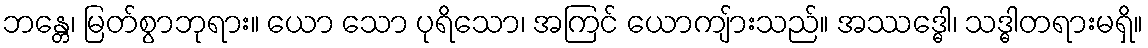
ဘန္တေ၊ မြတ်စွာဘုရား။ ယော သော ပုရိသော၊ အကြင် ယောကျ်ားသည်။ အဿဒ္ဓေါ၊ သဒ္ဓါတရားမရှိ။